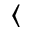
\langle